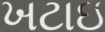
ખટાઇ